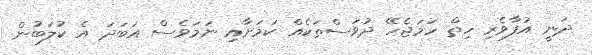
ދަނީ އުފާވެރި ހިތް ހަމަޖެހޭ ދުވަސްތަކެއް ކަމަށާއި ނަމަވެސް އަބަދަ އެ ކުލަބުން